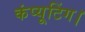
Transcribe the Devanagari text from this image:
कंप्यूटिंग।